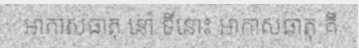
អាកាសធាតុ នៅ ទីនោះ អាកាសធាតុ គឺ